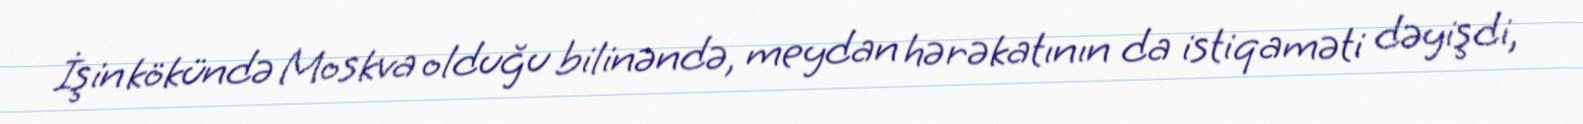
İşin kökündə Moskva olduğu bilinəndə, meydan hərəkatının da istiqaməti dəyişdi,